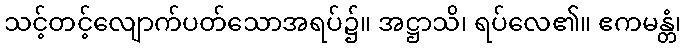
သင့်တင့်လျောက်ပတ်သောအရပ်၌။ အဋ္ဌာသိ၊ ရပ်လေ၏။ ဧကမန္တံ၊